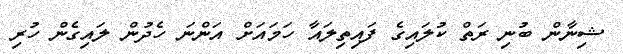
ޝިނާން ބުނި ރަތް ކުލައިގެ ފައިތިލައާ ހަމައަށް އަންނަ ހެދުން ލައިގެން ހުރި